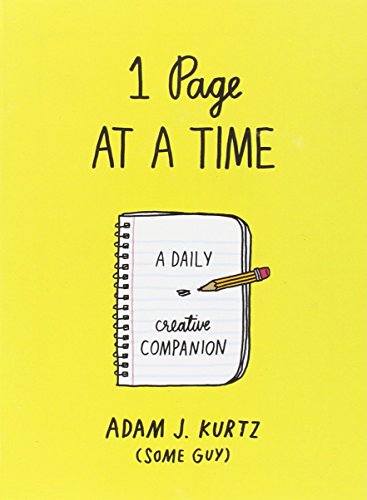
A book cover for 1 Page at a Time: A Daily Creative Companion; Adam J. Kurtz; Self-Help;